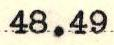
48.49